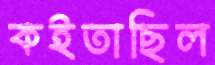
কইতাছিল